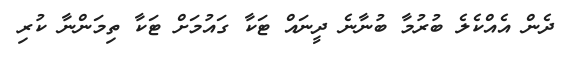
ދެން އެއްކެލެ ބުރުމާ ބުނާނެ ދީނައް ޓަކާ ގައުމަށް ޓަކާ ތިމަންނާ ކުރި